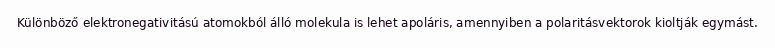
Különböző elektronegativitású atomokból álló molekula is lehet apoláris, amennyiben a polaritásvektorok kioltják egymást.